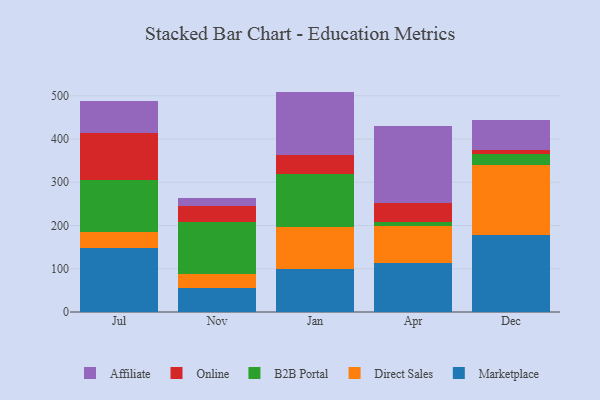
{"axis": {"x": "Month", "y": "Active Users"}, "legend": ["Affiliate", "B2B Portal", "Direct Sales", "Marketplace", "Online"], "data": [{"x": "Jul", "y": 148.4, "type": "Marketplace"}, {"x": "Jul", "y": 37.3, "type": "Direct Sales"}, {"x": "Jul", "y": 119.5, "type": "B2B Portal"}, {"x": "Jul", "y": 109.3, "type": "Online"}, {"x": "Jul", "y": 74.2, "type": "Affiliate"}, {"x": "Nov", "y": 54.9, "type": "Marketplace"}, {"x": "Nov", "y": 33.2, "type": "Direct Sales"}, {"x": "Nov", "y": 119.9, "type": "B2B Portal"}, {"x": "Nov", "y": 36.4, "type": "Online"}, {"x": "Nov", "y": 19.0, "type": "Affiliate"}, {"x": "Jan", "y": 99.4, "type": "Marketplace"}, {"x": "Jan", "y": 96.7, "type": "Direct Sales"}, {"x": "Jan", "y": 122.0, "type": "B2B Portal"}, {"x": "Jan", "y": 43.8, "type": "Online"}, {"x": "Jan", "y": 147.7, "type": "Affiliate"}, {"x": "Apr", "y": 113.1, "type": "Marketplace"}, {"x": "Apr", "y": 85.5, "type": "Direct Sales"}, {"x": "Apr", "y": 10.4, "type": "B2B Portal"}, {"x": "Apr", "y": 43.5, "type": "Online"}, {"x": "Apr", "y": 176.6, "type": "Affiliate"}, {"x": "Dec", "y": 178.8, "type": "Marketplace"}, {"x": "Dec", "y": 162.2, "type": "Direct Sales"}, {"x": "Dec", "y": 25.1, "type": "B2B Portal"}, {"x": "Dec", "y": 7.6, "type": "Online"}, {"x": "Dec", "y": 70.1, "type": "Affiliate"}]}